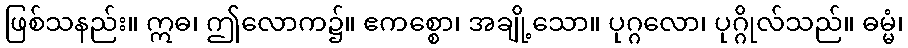
ဖြစ်သနည်း။ ဣဓ၊ ဤလောက၌။ ဧကစ္စော၊ အချို့သော။ ပုဂ္ဂလော၊ ပုဂ္ဂိုလ်သည်။ ဓမ္မံ၊